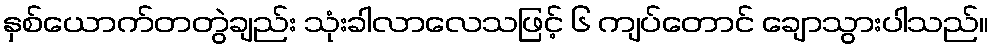
နှစ်ယောက်တတွဲချည်း သုံးခါလာလေသဖြင့် ၆ ကျပ်တောင် ချောသွားပါသည်။